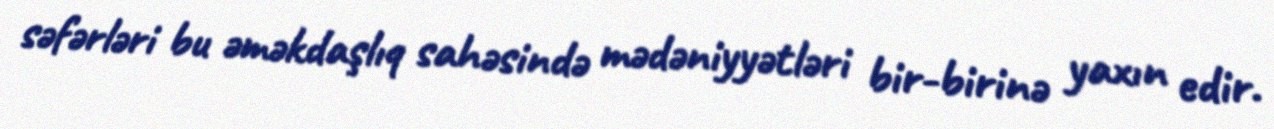
səfərləri bu əməkdaşlıq sahəsində mədəniyyətləri bir-birinə yaxın edir.